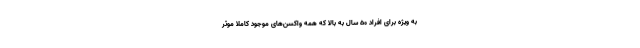
به ویژه برای افراد ۵۰ سال به بالا که همه واکسن‌های موجود کاملا موثر